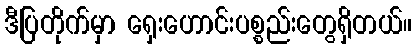
ဒီပြတိုက်မှာ ရှေးဟောင်းပစ္စည်းတွေရှိတယ်။